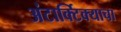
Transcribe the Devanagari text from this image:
अंटार्क्टिक्याचा